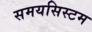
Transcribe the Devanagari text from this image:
समयसिस्टम